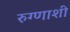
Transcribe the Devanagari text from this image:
रुग्णाशी